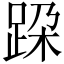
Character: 跥